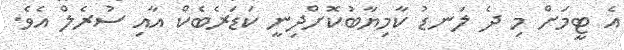
އެ ޓީމަށް މި ދެ ލަނޑު ކާމިޔާބުކޮށްދިނީ ކަޑަރެބެކް އާއި ސުރެލް އެވެ.